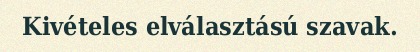
Kivételes elválasztású szavak.